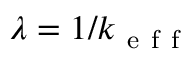
\lambda = 1 / k _ { \mathrm { ~ e ~ f ~ f ~ } }